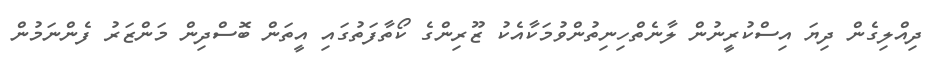
ދިއްލިގެން ދިޔަ އިސްކުރީނުން ލާނެތްހިނިތުންވުމަކާއެކު ޒޫރިންގެ ކޯތާފަތުގައި އީތަން ބޮސްދިން މަންޒަރު ފެންނަމުން